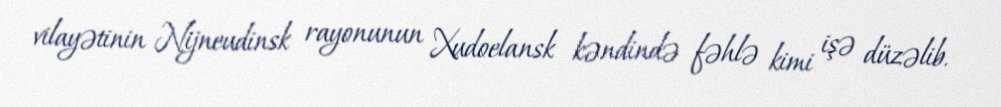
vilayətinin Nijneudinsk rayonunun Xudoelansk kəndində fəhlə kimi işə düzəlib.